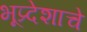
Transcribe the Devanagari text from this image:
भूप्र्देशाचे